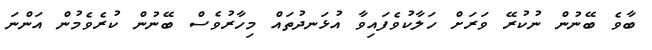
ބާވެ ބޭނުން ނުކުރޭ ވަރަށް ހަލާކުވެފައިވާ އުޅަނދުތައް މިހާރުވެސް ބޭނުން ކުރެވެމުން އަންނަ